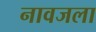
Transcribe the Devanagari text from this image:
नावजला